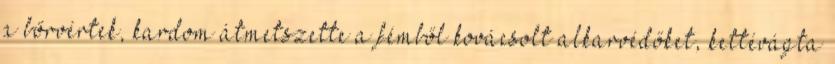
a bőrvértek, kardom átmetszette a fémből kovácsolt alkarvédőket, kettévágta